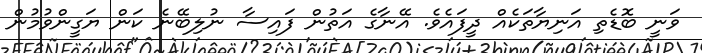
ވަނީ ބޮޑެތި އަނިޔާތަކެއް ދީފައެވެ. އޭނާގެ އަތުން ފައިސާ ނުލިބޭނެ ކަން ޔަގީންވުމުން